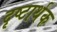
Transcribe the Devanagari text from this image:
दृष्टार्थक